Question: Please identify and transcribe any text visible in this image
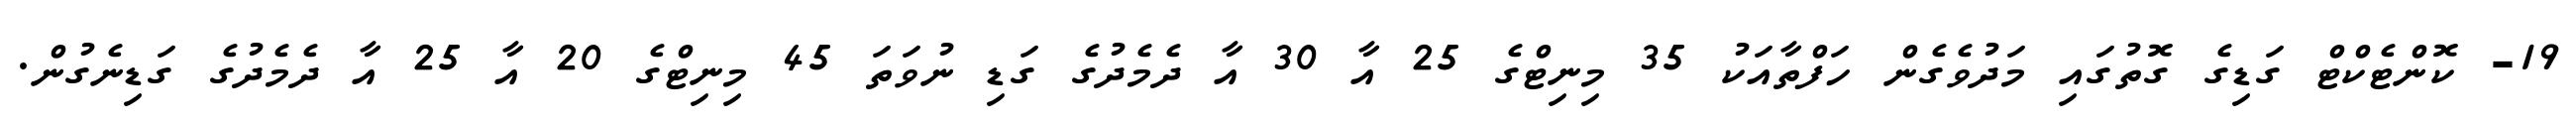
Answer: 19- ކޮންޓެކްޓް ގަޑިގެ ގޮތުގައި މަދުވެގެން ހަފްތާއަކު 35 މިނިޓްގެ 25 އާ 30 އާ ދެމެދުގެ ގަޑި ނުވަތަ 45 މިނިޓްގެ 20 އާ 25 އާ ދެމެދުގެ ގަޑިނެގުން.